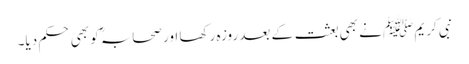
نبی کریم ﷺ نے بھی بعثت کے بعد روزہ رکھا اور صحابہؓ کو بھی حکم دیا۔